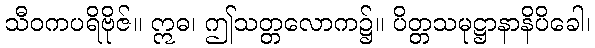
သီဝကပရိဗိုဇ်။ ဣဓ၊ ဤသတ္တလောက၌။ ပိတ္တသမုဋ္ဌာနာနိပိခေါ၊